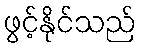
ဖွင့်နိုင်သည်